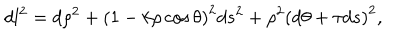
LaTeX: d l ^ { 2 } = d \rho ^ { 2 } + \left( 1 - k \rho \cos \theta \right) ^ { 2 } d s ^ { 2 } + \rho ^ { 2 } \left( d \theta + \tau d s \right) ^ { 2 } ,